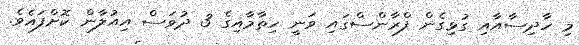
މި ހާދިސާއާއި ގުޅިގެން ފްރާންސްގައި ވަނީ ހިތާމާއިގެ 3 ދުވަސް އިއުލާން ކޮށްފައެވެ.